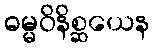
ဓမ္မဝိနိစ္ဆယေန